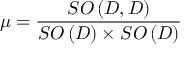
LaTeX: \mu = \frac { S O \left( D , D \right) } { S O \left( D \right) \times S O \left( D \right) }